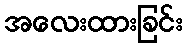
အလေးထားခြင်း